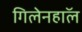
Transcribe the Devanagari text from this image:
गिलेनहाॅल